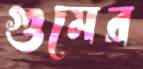
গুমের